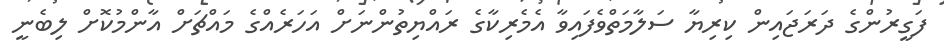
ފަގީރުންގެ ދަރަޖައިން ކިރިޔާ ސަލާމަތްވެފައިވާ އެމެރިކާގެ ރައްޔިތުންނަށް އަހަރެއްގެ މައްޗަށް އާންމުކޮށް ލިބެނީ